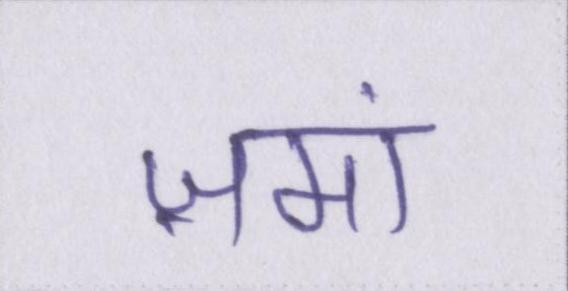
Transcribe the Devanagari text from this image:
ज़मां